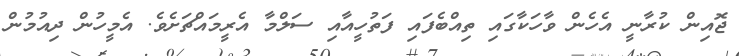
ޖޮއިން ކުރާނީ އެހެން ވާހަކާގައި ތިއްބެފައި ފަތުހީއާއި ސަލްމާ އެރީމައްޗަށެވެ. އެމީހުން ދިއުމުން